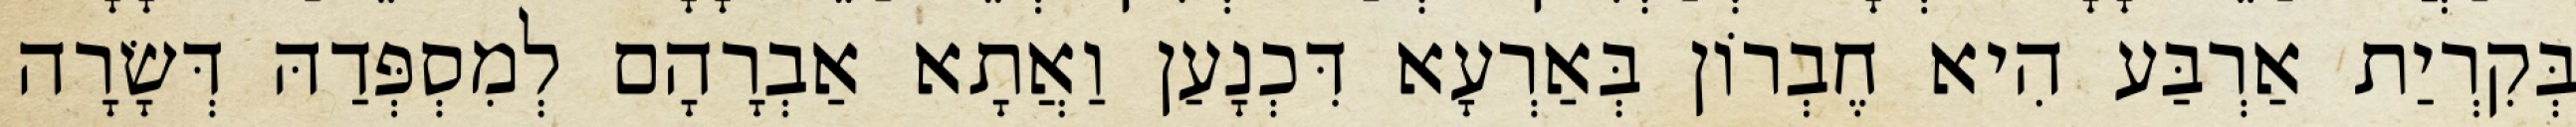
בְּקִרְיַת אַרְבַּע הִיא חֶבְרוֹן בְּאַרְעָא דִּכְנָעַן וַאֲתָא אַבְרָהָם לְמִסְפְּדַהּ דְּשָׂרָה